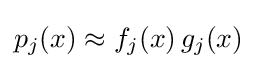
p_{j}(x)\approx f_{j}(x)\,g_{j}(x)